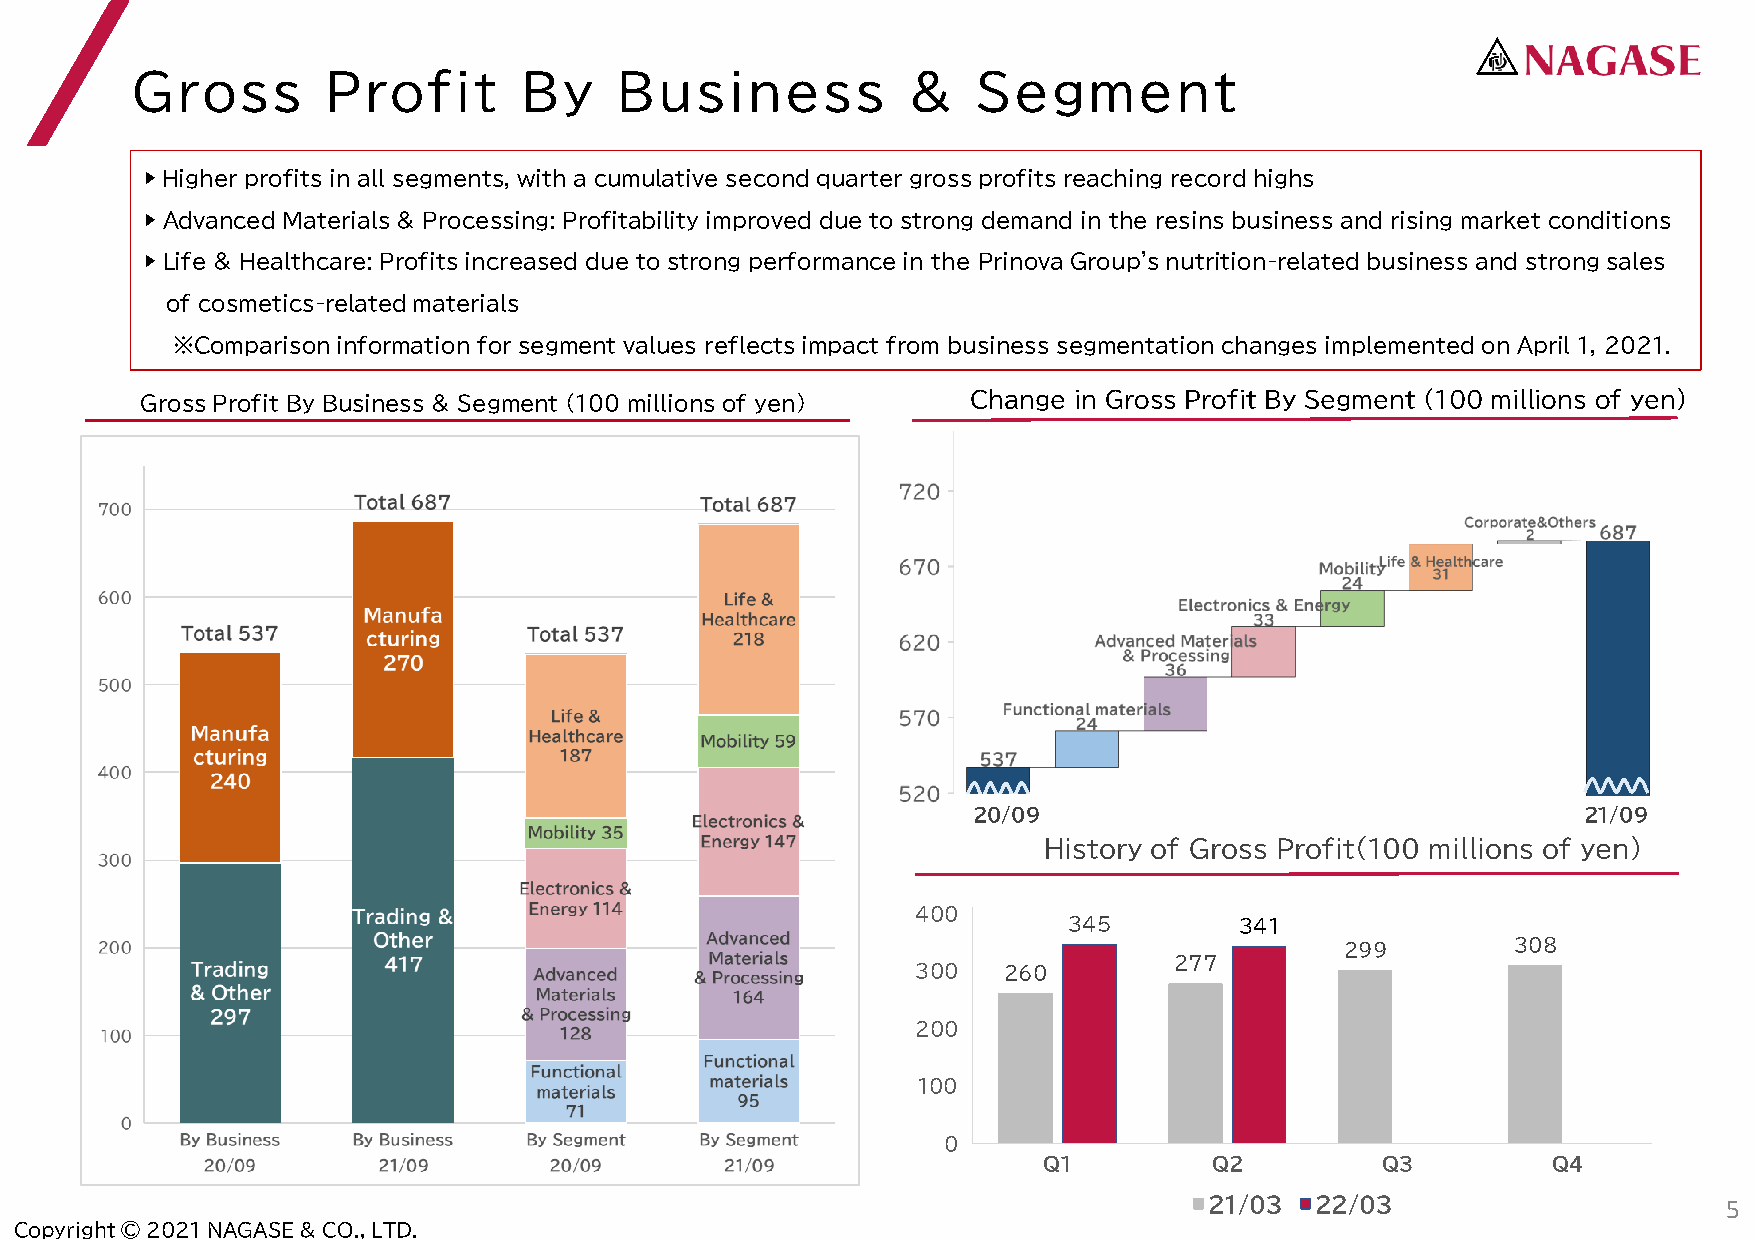
Gross       Profit       By     Business           &    Segment
 ▶Higher profits in all segments, with a cumulative second quarter gross profits reaching record highs
 ▶ Advanced Materials & Processing: Profitability improved due to strong demand in the resins business and rising market conditions
 ▶ Life & Healthcare: Profits increased due to strong performance in the Prinova Group's nutrition-related business and strong sales
 of cosmetics-related materials
 ※Comparison information for segment values reflects impact from business segmentation changes implemented on April 1, 2021.
 Gross Profit By Business & Segment (100 millions of yen) Change in Gross Profit By Segment (100 millions of yen)
 20/09                                    21/09
 History of Gross Profit(100 millions of yen)
 400
 345        341
 299        308
 277
 300  260
 200
 100
 0          0
 0
 Q1         Q2         Q3          Q4
 21/03  22/03                      5
 Copyright © 2021 NAGASE & CO., LTD.